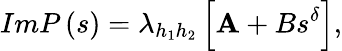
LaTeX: ImP\left(s\right)=\lambda_{h_{1}h_{2}}\left[\mathbf{A}+Bs^{\delta}\right],